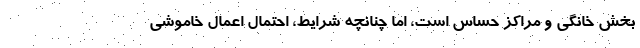
بخش خانگی و مراکز حساس است، اما چنانچه شرایط، احتمال اعمال خاموشی